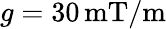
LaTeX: g=30\, \mathrm{mT/m}